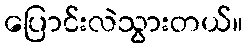
ပြောင်းလဲသွားတယ်။